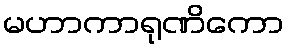
မဟာကာရုဏိကော